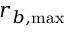
r _ { b , \mathrm { m a x } }